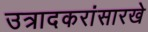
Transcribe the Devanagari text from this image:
उत्रादकरांसारखे